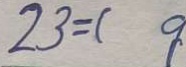
2 3 = ( 9